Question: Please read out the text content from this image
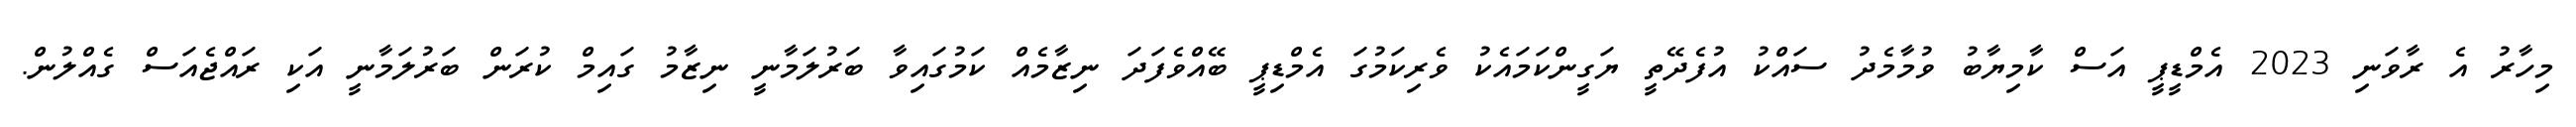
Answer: މިހާރު އެ ރާވަނި 2023 އެމްޑީޕީ އަސް ކާމިޔާބު ވުމާމެދު ސައްކު އުފެދޭތީ ޔަގީންކަމައެކު ވެރިކަމުގަ އެމްޑިޕީ ބޭއްވެފަދަ ނިޒާމެއް ކަމުގައިވާ ބަރުލަމާނީ ނިޒާމު ގައިމް ކުރަން ބަރުލަމާނީ އަކި ރައްޖެއަސް ގެއްލުން.